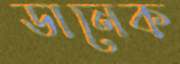
ডানেক